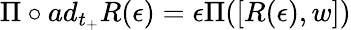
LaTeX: \Pi\circ ad_{t_{+}}R(\epsilon)=\epsilon\Pi([R(\epsilon),w])